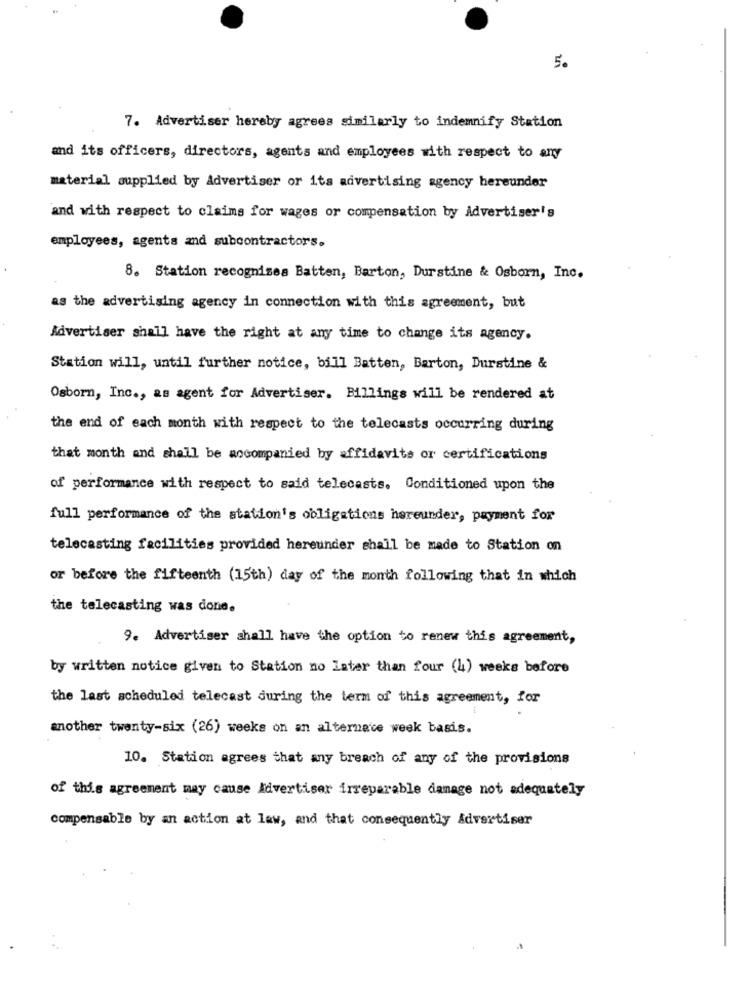
5.
7. Advertiser hereby agrees similarly to indemnify Station
and its officers, directors, agents and employees with respect to any
material supplied by Advertiser or its advertising agency hereunder
and with respect to claims for wages or compensation by Advertiser's
employees, agents and subcontractors.
8. Station recognizes Batten, Barton, Durstine & Osborn, Inc.
as the advertising agency in connection with this agreement, but
Advertiser shall have the right at any time to change its agency.
Station will, until further notice, bill Batten, Barton, Durstine &
Osborn, Inc ., as agent for Advertiser. Billings will be rendered at
the end of each month with respect to the telecasts occurring during
that month and shall be accompanied by affidavits or certifications
of performance with respect to said telecasts. Conditioned upon the
full performance of the station's obligations hereunder, payment for
telecasting facilities provided hereunder shall be made to Station on
or before the fifteenth (15th) day of the month following that in which
the telecasting was done.
9. Advertiser shall have the option to renew this agreement,
by written notice given to Station no Later than four (4) weeks before
the last scheduled telecast during the term of this agreement, for
another twenty-six (26) weeks on an alternate week basis.
10. Station agrees that any breach of any of the provisions
of this agreement may cause Advertiser irreparable damage not adequately
compensable by an action at law, and that consequently Advertiser